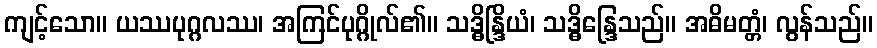
ကျင့်သော။ ယဿပုဂ္ဂလဿ၊ အကြင်ပုဂ္ဂိုလ်၏။ သဒ္ဓိန္ဒြိယံ၊ သဒ္ဓိန္ဒြေသည်။ အဓိမတ္တံ၊ လွန်သည်။